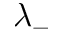
\lambda _ { - }